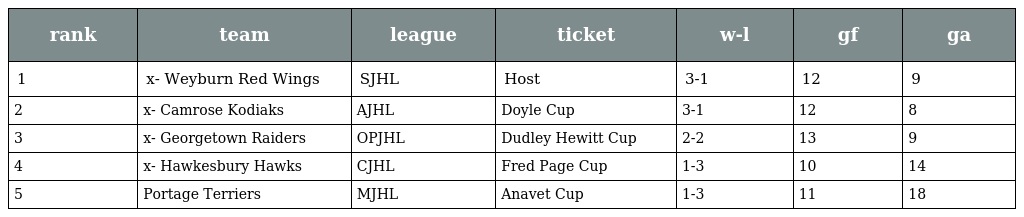
| rank | team | league | ticket | w-l | gf | ga |
 | --- | --- | --- | --- | --- | --- | --- |
 | 1 | x- Weyburn Red Wings | SJHL | Host | 3-1 | 12 | 9 |
 | 2 | x- Camrose Kodiaks | AJHL | Doyle Cup | 3-1 | 12 | 8 |
 | 3 | x- Georgetown Raiders | OPJHL | Dudley Hewitt Cup | 2-2 | 13 | 9 |
 | 4 | x- Hawkesbury Hawks | CJHL | Fred Page Cup | 1-3 | 10 | 14 |
 | 5 | Portage Terriers | MJHL | Anavet Cup | 1-3 | 11 | 18 |